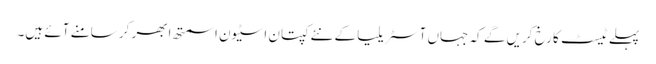
پہلے ٹیسٹ کا رخ کریں گے کہ جہاں آسٹریلیا کے نئے کپتان اسٹیون اسمتھ ابھر کر سامنے آئے ہیں۔